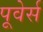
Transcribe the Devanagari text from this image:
पूवेर्स